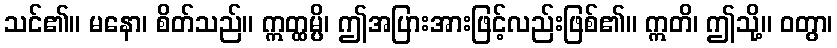
သင်၏။ မနော၊ စိတ်သည်။ ဣတ္ထမ္ပိ၊ ဤအပြားအားဖြင့်လည်းဖြစ်၏။ ဣတိ၊ ဤသို့။ ဝတွာ၊